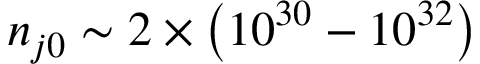
n _ { j 0 } \sim 2 \times \left( 1 0 ^ { 3 0 } - 1 0 ^ { 3 2 } \right)